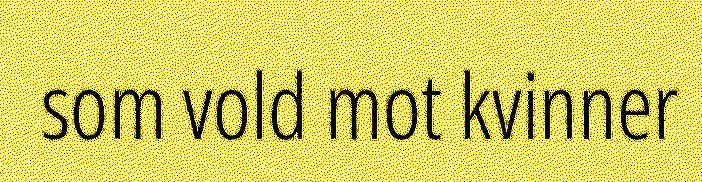
som vold mot kvinner